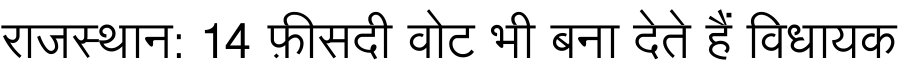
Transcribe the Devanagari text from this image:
राजस्थान: 14 फ़ीसदी वोट भी बना देते हैं विधायक